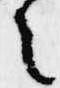
之